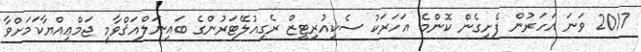
2017 ވަނަ އަހަރުން ފެށިގެން ކޮންމެ އަހަރަކު ސެކިއުރިޓީޒް ރެގިއުލޭޓަރުންގެ ބައިނަލްއަޤްވާމީ ޖަމްޢިއްޔާކަމަށްވާ